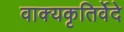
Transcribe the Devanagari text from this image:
वाक्यकृतिर्वेदे